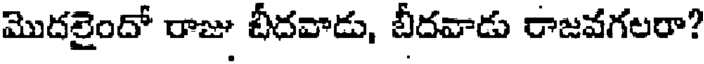
మొదలైందో రాజు బీదవాడు, బీదవాడు రాజవగలరా?